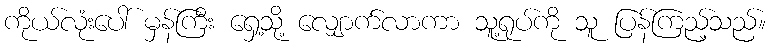
ကိုယ်လုံးပေါ် မှန်ကြီး ရှေ့သို့ လျှောက်လာကာ သူ့ရုပ်ကို သူ ပြန်ကြည့်သည်။